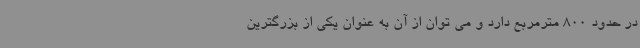
در حدود 800 مترمربع دارد و می توان از آن به عنوان یکی از بزرگترین